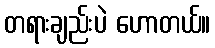
တရားချည်းပဲ ဟောတယ်။